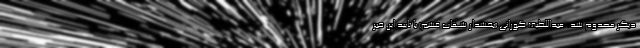
دیگر مصدوم شد. عبداللطیف گورانی (بخشدار شهاب قشم) با تایید این خبر